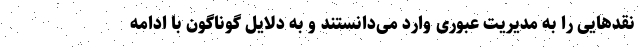
نقدهایی را به مدیریت عبوری وارد می‌دانستند و به دلایل گوناگون با ادامه